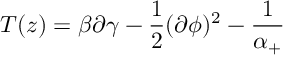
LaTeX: T ( z ) = \beta \partial \gamma - \frac 1 2 ( \partial \phi ) ^ { 2 } - \frac 1 { \alpha _ { + } }